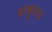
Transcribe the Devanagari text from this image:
वाकूनच